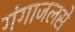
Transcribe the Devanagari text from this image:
गंगाजलसे